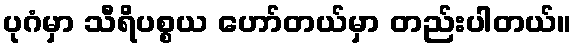
ပုဂံမှာ သီရိပစ္စယ ဟော်တယ်မှာ တည်းပါတယ်။